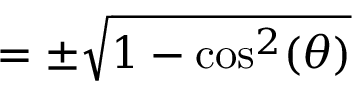
= \pm { \sqrt { 1 - \cos ^ { 2 } ( \theta ) } }